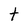
Character: t